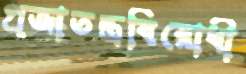
প্রজাতন্ত্রবিরোধী